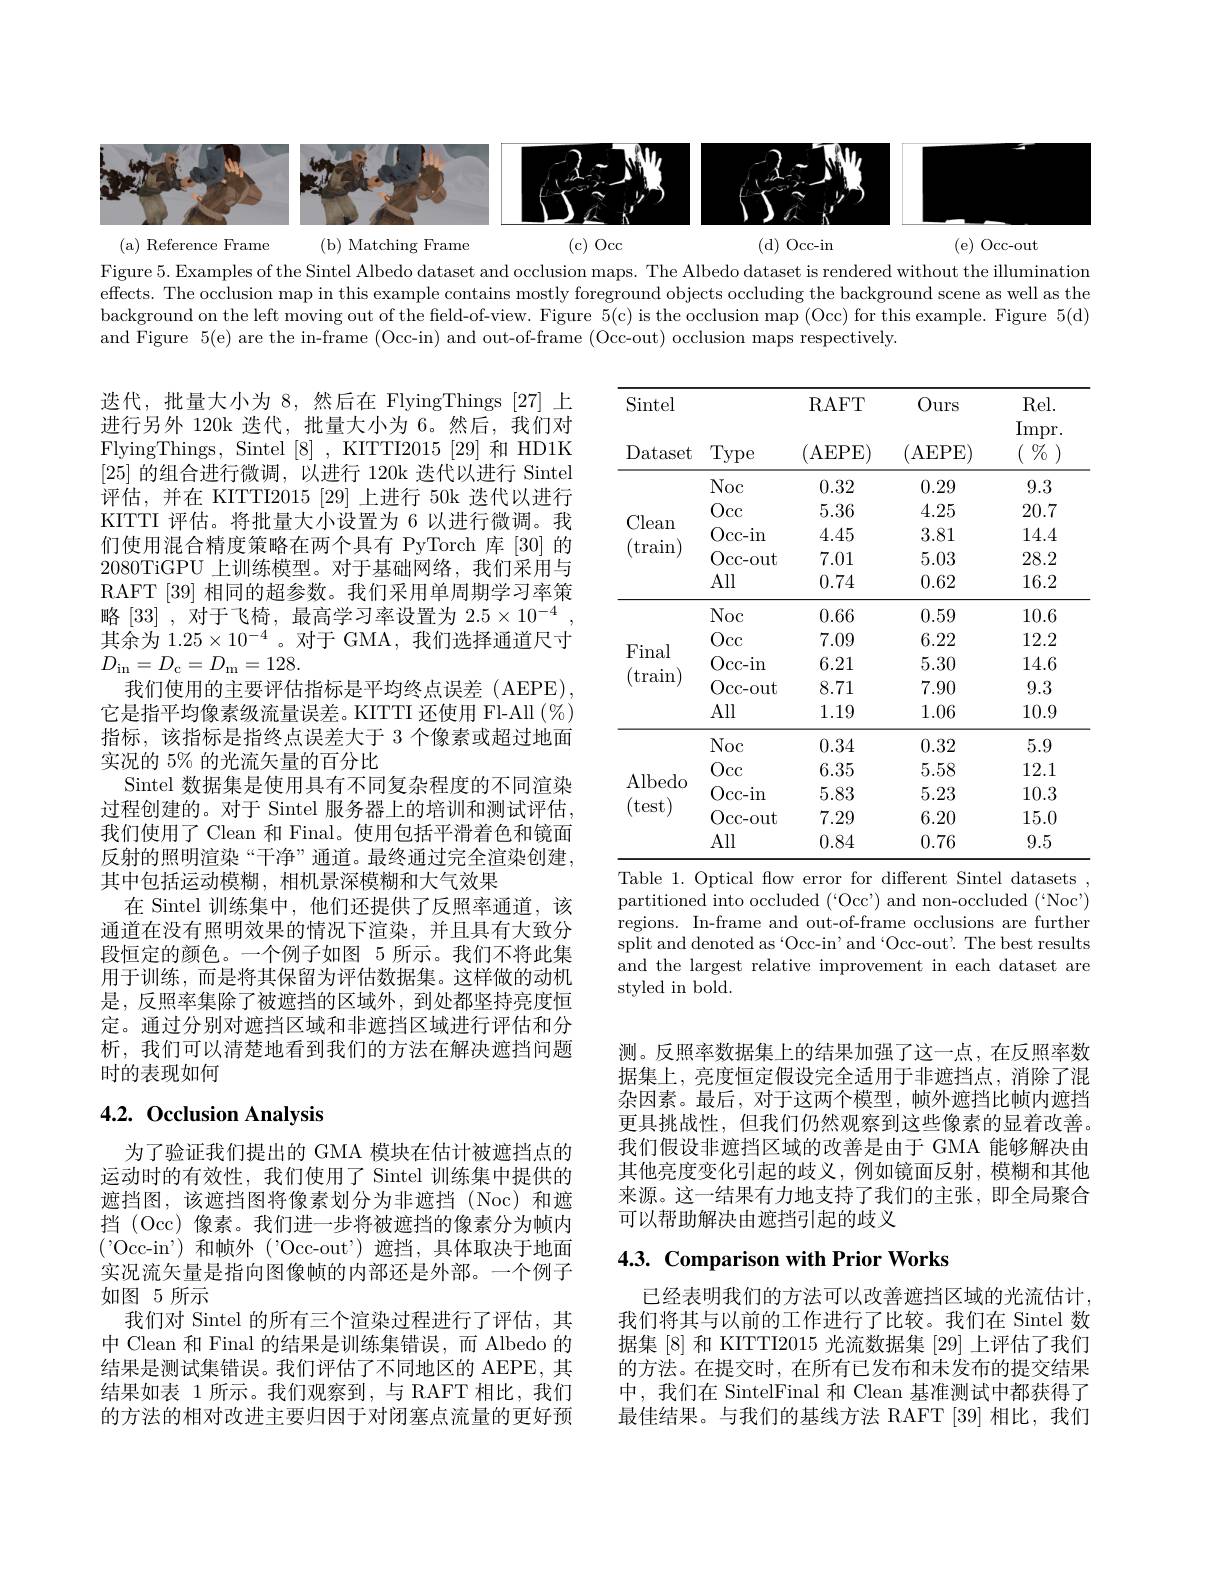
<FigureHere>

Figure 5. Examples of the Sintel Albedo dataset and occlusion maps. The Albedo dataset is rendered without the illumination effects. The occlusion map in this example contains mostly foreground objects occluding the background scene as well as the background on the left moving out of the field-of-view. Figure 5(c) is the occlusion map (Occ) for this example. Figure 5(d) and Figure 5(e) are the in-frame (Occ-in) and out-of-frame (Occ-out) occlusion maps respectively.

<table>
	<tbody>
		<tr>
			<th rowspan="2">Sintel Dataset</th>
			<th> </th>
			<th>RAFT</th>
			<th rowspan="2">Ours (AEPE)</th>
			<th rowspan="2">Rel. Impr. $\%$ ( </th>
		</tr>
		<tr>
			<th>Type</th>
			<th>(AEPE)</th>
		</tr>
		<tr>
			<td rowspan="5">Clean $(\tan)$</td>
			<td>Noc</td>
			<td>0.32</td>
			<td>0.29</td>
			<td>9.3</td>
		</tr>
		<tr>
			<td>Occ</td>
			<td>5.36</td>
			<td>4.25</td>
			<td>20.7</td>
		</tr>
		<tr>
			<td>Occ- in</td>
			<td>4.45</td>
			<td>3.81</td>
			<td>14.4</td>
		</tr>
		<tr>
			<td>Occ- out</td>
			<td>7.01</td>
			<td>5.03</td>
			<td>28.2</td>
		</tr>
		<tr>
			<td>All</td>
			<td>0.74</td>
			<td>0.62</td>
			<td>16.2</td>
		</tr>
		<tr>
			<td rowspan="5">Final (train)</td>
			<td>Noc</td>
			<td>0.66</td>
			<td>0.59</td>
			<td>10.6</td>
		</tr>
		<tr>
			<td>Occ</td>
			<td>7.09</td>
			<td>6.22</td>
			<td>12.2</td>
		</tr>
		<tr>
			<td>Occ- in</td>
			<td>6.21</td>
			<td>5.30</td>
			<td>14.6</td>
		</tr>
		<tr>
			<td>Occ- out</td>
			<td>8.71</td>
			<td>7.90</td>
			<td>9.3</td>
		</tr>
		<tr>
			<td>All</td>
			<td>1.19</td>
			<td>1.06</td>
			<td>10.9</td>
		</tr>
		<tr>
			<td rowspan="5">Albedo (test)</td>
			<td>Noc</td>
			<td>0.34</td>
			<td>0.32</td>
			<td>5.9</td>
		</tr>
		<tr>
			<td>Occ</td>
			<td>6.35</td>
			<td>5.58</td>
			<td>12.1</td>
		</tr>
		<tr>
			<td>Occ- in</td>
			<td>5.83</td>
			<td>5.23</td>
			<td>10.3</td>
		</tr>
		<tr>
			<td>Occ- out</td>
			<td>7.29</td>
			<td>6.20</td>
			<td>15.0</td>
		</tr>
		<tr>
			<td>All</td>
			<td>0.84</td>
			<td>0.76</td>
			<td>9.5</td>
		</tr>
	</tbody>
</table>
Table 1. Optical flow error for different Sintel datasets ,

迭代，批量大小为 8,然后在 FlyingThings [27] 上进行另外 120k 迭代，批量大小为 6。然后，我们对FlyingThings, Sintel[8] , KITTI2015 [29] 和 HD1K [25]的组合进行微调，以进行 120k 迭代以进行 Sintel 评估，并在 KITTI2015 [29] 上进行 50k 迭代以进行KITTI 评估。将批量大小设置为 6 以进行微调。我们使用混合精度策略在两个具有 PyTorch 库 [30] 的2080TiGPU 上训练模型。对于基础网络，我们采用与RAFT [39]相同的超参数。我们采用单周期学习率策略[33],对于飞椅，最高学习率设置为$2.5\times10^{-4}$ 其余为$1.25\times10^{-4}$。对于 GMA,我们选择通道尺寸$D_{\mathrm{in}}=D_{\mathrm{c}}=D_{\mathrm{m}}=128.$
我们使用的主要评估指标是平均终点误差(AEPE), 它是指平均像素级流量误差。KITTI 还使用 Fl-All $(\%)$ 指标，该指标是指终点误差大于 3 个像素或超过地面实况的 5% 的光流矢量的百分比
Sintel 数据集是使用具有不同复杂程度的不同渲染过程创建的。对于 Sintel 服务器上的培训和测试评估， 我们使用了 Clean 和 Final。使用包括平滑着色和镜面反射的照明渲染“干净”通道。最终通过完全渲染创建， 其中包括运动模糊，相机景深模糊和大气效果
在 Sintel 训练集中，他们还提供了反照率通道，该通道在没有照明效果的情况下渲染，并且具有大致分段恒定的颜色。一个例子如图 5 所示。我们不将此集用于训练，而是将其保留为评估数据集。这样做的动机是，反照率集除了被遮挡的区域外，到处都坚持亮度恒定。通过分别对遮挡区域和非遮挡区域进行评估和分析，我们可以清楚地看到我们的方法在解决遮挡问题时的表现如何

partitioned into occluded (“Occ') and non-occluded (“Noc’) regions. In-frame and out-of-frame occlusions are further split and denoted as‘Occ-in’and‘Occ-out'. The best results and the largest relative improvement in each dataset are styled in bold.

## 4.2. Occlusion Analysis

测。反照率数据集上的结果加强了这一点，在反照率数据集上，亮度恒定假设完全适用于非遮挡点，消除了混杂因素。最后，对于这两个模型，帧外遮挡比帧内遮挡更具挑战性，但我们仍然观察到这些像素的显着改善。我们假设非遮挡区域的改善是由于 GMA 能够解决由其他亮度变化引起的歧义，例如镜面反射，模糊和其他来源。这一结果有力地支持了我们的主张，即全局聚合可以帮助解决由遮挡引起的歧义

## 4.3. Comparison with Prior Works

为了验证我们提出的 GMA 模块在估计被遮挡点的运动时的有效性，我们使用了 Sintel 训练集中提供的遮挡图，该遮挡图将像素划分为非遮挡(Noc)和遮挡 (Occ) 像素。我们进一步将被遮挡的像素分为帧内('Occ-in')和帧外('Occ-out')遮挡，具体取决于地面实况流矢量是指向图像帧的内部还是外部。一个例子如图 5 所示
我们对 Sintel 的所有三个渲染过程进行了评估，其中 Clean 和 Final 的结果是训练集错误，而 Albedo 的结果是测试集错误。我们评估了不同地区的 AEPE, 其结果如表 1 所示。我们观察到，与 RAFT 相比，我们的方法的相对改进主要归因于对闭塞点流量的更好预

已经表明我们的方法可以改善遮挡区域的光流估计， 我们将其与以前的工作进行了比较。我们在 Sintel 数据集[8] 和 KITTI2015 光流数据集 [29] 上评估了我们的方法。在提交时，在所有已发布和未发布的提交结果中，我们在 SintelFinal 和 Clean 基准测试中都获得了最佳结果。与我们的基线方法 RAFT [39] 相比，我们